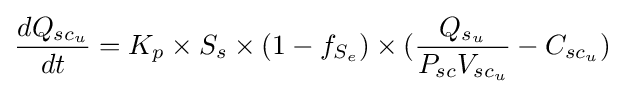
{dQ_{{sc}_{u}} \over dt}=K_{p}\times S_{s}\times (1-f_{S_{e}})\times ({Q_{s_{u}} \over {P_{sc}V_{{sc}_{u}}}}-C_{{sc}_{u}})